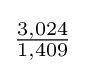
{\tfrac {3,024}{1,409}}